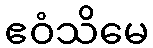
ဧဝံသိမေ